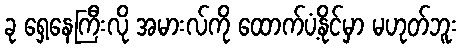
ခု ရှေ့နေကြီးလို အမားလ်ကို ထောက်ပံ့နိုင်မှာ မဟုတ်ဘူး